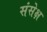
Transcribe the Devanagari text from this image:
संसेक्ष